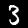
Label: 3